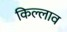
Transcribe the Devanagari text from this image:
किल्लाव